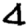
Digit: 4